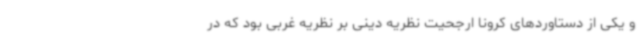
و یکی از دستاوردهای کرونا ارجحیت نظریه دینی بر نظریه غربی بود که در